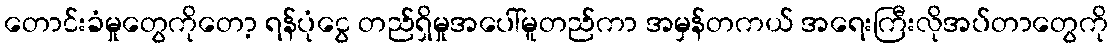
တောင်းခံမှုတွေကိုတော့ ရန်ပုံငွေ တည်ရှိမှုအပေါ်မူတည်ကာ အမှန်တကယ် အရေးကြီးလိုအပ်တာတွေကို